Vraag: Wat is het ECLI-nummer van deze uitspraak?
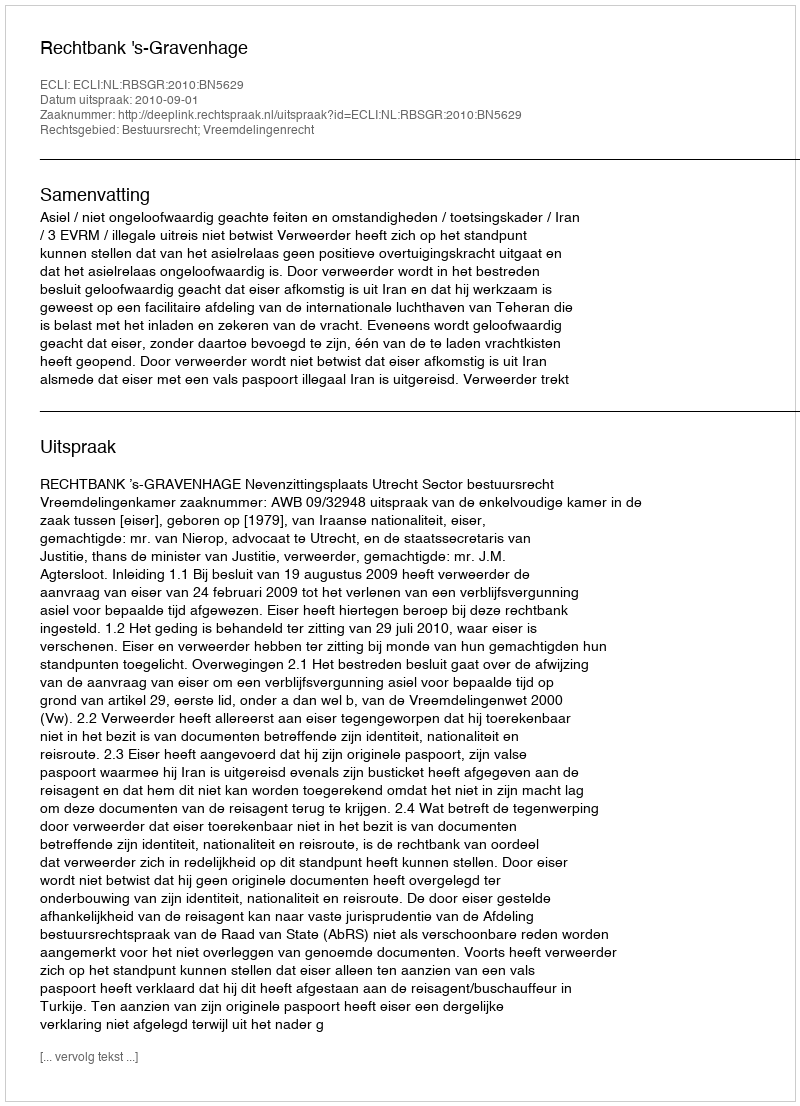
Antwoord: ECLI:NL:RBSGR:2010:BN5629